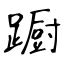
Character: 蹰